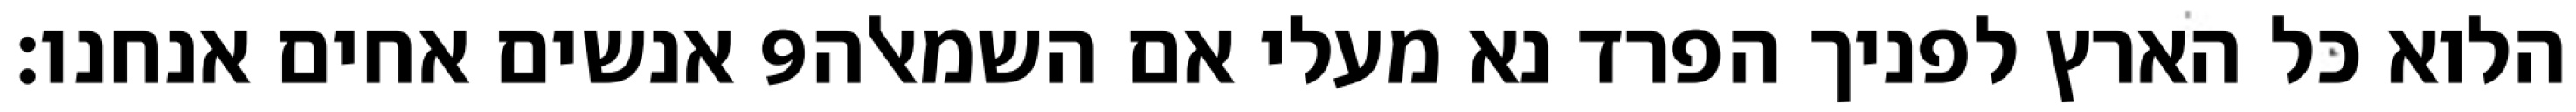
אנשים אחים אנחנו׃ ‎9‏ הלוא כל הארץ לפניך הפרד נא מעלי אם השמאלה